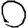
Digit: 0